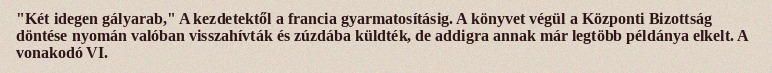
"Két idegen gályarab," A kezdetektől a francia gyarmatosításig. A könyvet végül a Központi Bizottság döntése nyomán valóban visszahívták és zúzdába küldték, de addigra annak már legtöbb példánya elkelt. A vonakodó VI.